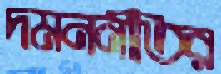
দমননীতির